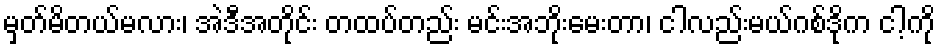
မှတ်မိတယ်မလား၊ အဲဒီအတိုင်း တထပ်တည်း မင်းအဘိုးမေးတာ၊ ငါလည်းမယ်ဂစ်ဒိုက ငါ့ကို